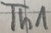
Text: Th1